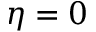
\eta = 0